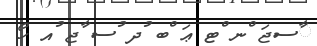
ާސޖަ ްނ ްޓ ޢަ ްބ ުދ ުސ ާޖ ުއ ހޯ